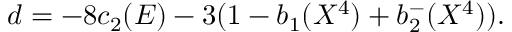
d = - 8 c _ { 2 } ( E ) - 3 ( 1 - b _ { 1 } ( X ^ { 4 } ) + b _ { 2 } ^ { - } ( X ^ { 4 } ) ) .